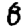
Digit: 8